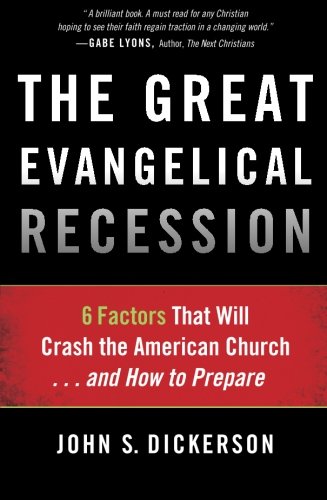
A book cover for The Great Evangelical Recession: 6 Factors That Will Crash the American Church...and How to Prepare; John S. Dickerson; Christian Books & Bibles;